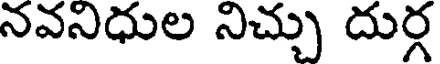
నవనిధుల నిచ్చు దుర్గ